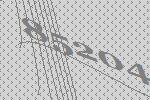
85204